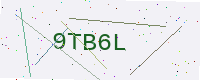
Text: 9TB6L